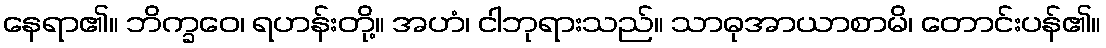
နေရာ၏။ ဘိက္ခဝေ၊ ရဟန်းတို့။ အဟံ၊ ငါဘုရားသည်။ သာဓုအာယာစာမိ၊ တောင်းပန်၏။